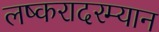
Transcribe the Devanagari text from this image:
लष्करादरम्यान